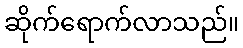
ဆိုက်ရောက်လာသည်။